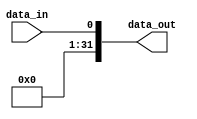
module sign_extend_1to32(
    input wire data_in,
    output wire [31:0] data_out
);

    
assign data_out = {{31{1'b0}},data_in};
         
endmodule